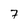
Character: 7